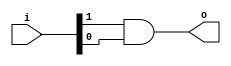
module ex2 (
	input [2:0] i,
	output o
);
	assign o= i[1]&i[0];
endmodule

module ex2_tb;
	reg [2:0] i;
	wire o;

	ex2 ex2_i (.i(i), .o(o));

	integer k;
	initial begin
		$display("Time\ti\to");
		$monitor("%0t\t%b\t%b", $time, i, o);
		i = 0;
		for (k = 1; k < 8; k = k + 1)
			#10 i = k;
	end
endmodule